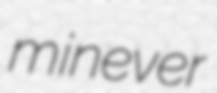
minever